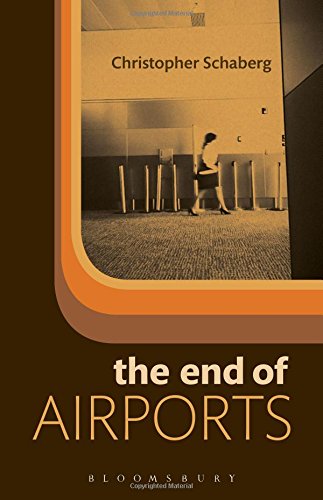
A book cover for The End of Airports; Christopher Schaberg; Literature & Fiction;